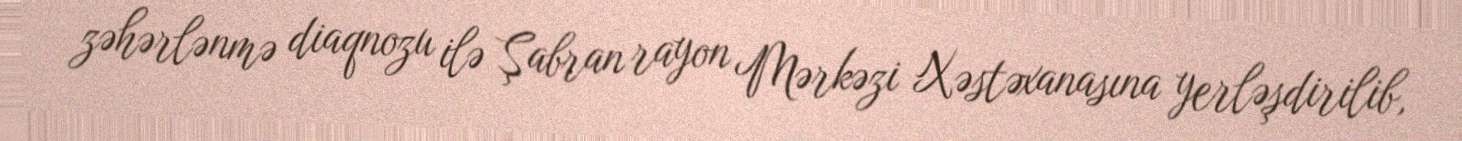
zəhərlənmə diaqnozu ilə Şabran rayon Mərkəzi Xəstəxanasına yerləşdirilib,